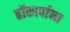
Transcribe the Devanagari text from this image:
हॉकार्पाना